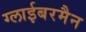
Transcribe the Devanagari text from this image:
ग्लाईबरमैन